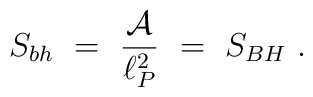
S_{bh}~=~{{\cal A} \over \ell_P^2}~=~S_{BH}~.